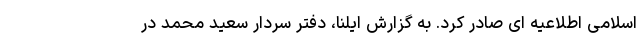
اسلامی اطلاعیه ای صادر کرد. به گزارش ایلنا، دفتر سردار سعید محمد در